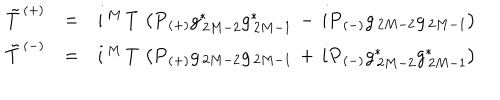
\begin{array} { c c l } { { \tilde { T } ^ { \, ( + ) } } } & { { = } } & { { i ^ { \, M } \, T \, \left( P _ { \, ( + ) } g _ { \, 2 M - 2 } ^ { \ast } g _ { \, 2 M - 1 } ^ { \ast } \, - \, i P _ { \, ( - ) } g _ { \, 2 M - 2 } g _ { \, 2 M - 1 } \right) } } \\ { { \tilde { T } ^ { \, ( - ) } } } & { { = } } & { { i ^ { \, M } \, T \, \left( P _ { \, ( + ) } g _ { \, 2 M - 2 } g _ { \, 2 M - 1 } \, + \, i P _ { \, ( - ) } g _ { \, 2 M - 2 } ^ { \ast } g _ { \, 2 M - 1 } ^ { \ast } \right) } } \\ \end{array}